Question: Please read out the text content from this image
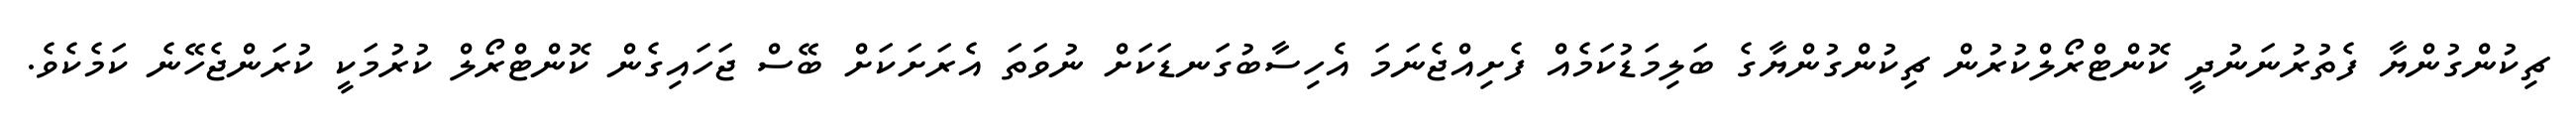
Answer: ޗިކުންގުންޔާ ފެތުރުނަނުދީ ކޮންޓްރޯލްކުރުން ޗިކުންގުންޔާގެ ބަލިމަޑުކަމެއް ފެށިއްޖެނަމަ އެހިސާބުގަނޑަކަށް ނުވަތަ އެރަށަކަށް ބޭސް ޖަހައިގެން ކޮންޓްރޯލް ކުރުމަކީ ކުރަންޖެހޭނެ ކަމެކެވެ.